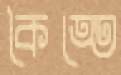
কৈত্তে